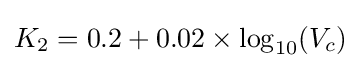
K_{2}=0.2+0.02\times \log _{10}(V_{c})